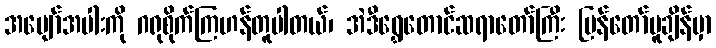
အပျော်အပါးကို ဂရုစိုက်ကြဟန်တူပါတယ်၊ အဲဒီရွှေတောင်ဆရာတော်ကြီး ပြန်တော်မူချိန်မှာ